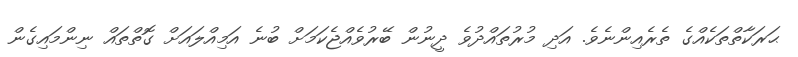
ޙަރަކާތްތަކެއްގެ ތެރެއިންނެވެ. އަދި މުރުތައްދުވެ ދީނުން ބޭރުވެއްޖެކަމަށް ބުނެ އަމިއްލައަށް ގޮތްތައް ނިންމައިގެން